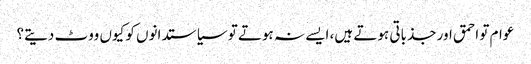
عوام تو احمق اور جذباتی ہوتے ہیں، ایسے نہ ہوتے تو سیاستدانوں کو کیوں ووٹ دیتے؟